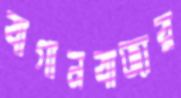
বাগানবাজার